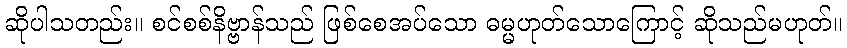
ဆိုပါသတည်း။ စင်စစ်နိဗ္ဗာန်သည် ဖြစ်စေအပ်သော ဓမ္မဟုတ်သောကြောင့် ဆိုသည်မဟုတ်။